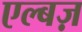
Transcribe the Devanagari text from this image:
एल्बज़